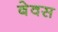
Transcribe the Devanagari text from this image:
बेवस